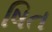
ષિત